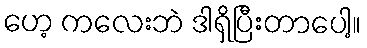
ဟေ့ ကလေးဘဲ ဒါရှိပြီးတာပေါ့။